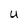
Character: U